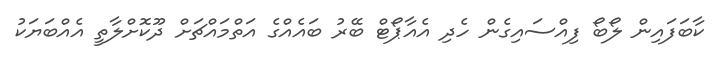
ކާބަފައިން ލޯބޯ ފިއްސައިގެން ހެދި އެއާޕޯޓް ބޭރު ބައެއްގެ އަތްމައްޗަށް ދޫކޮށްލާތީ އެއްބަޔަކު